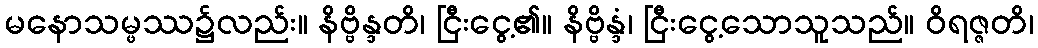
မနောသမ္ဖဿ၌လည်း။ နိဗ္ဗိန္ဒတိ၊ ငြီးငွေ့၏။ နိဗ္ဗိန္ဒံ၊ ငြီးငွေ့သောသူသည်။ ဝိရဇ္ဇတိ၊